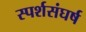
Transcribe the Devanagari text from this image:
स्पर्शसंघर्ष